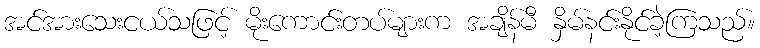
အင်အားသေးငယ်သဖြင့် မိုးကောင်းတပ်များက အချိန်မီ နှိမ်နင်းနိုင်ခဲ့ကြသည်။